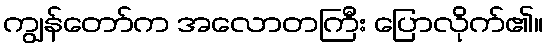
ကျွန်တော်က အလောတကြီး ပြောလိုက်၏။